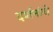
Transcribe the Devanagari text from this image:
दर्शनांचे